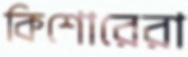
কিশোরেরা